Report on sanitation, dispensaries, and jails in Rajputana for 1912, and on vaccination for the year 1912-1913 - 1912-1913
Year: 1912
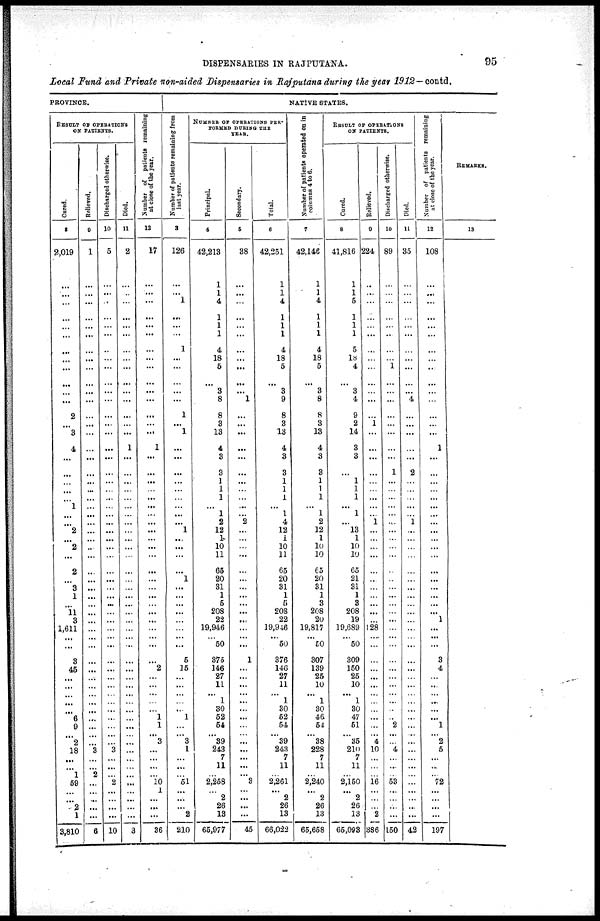
DISPENSARIES IN RAJPUTANA.
95
Local Fund and Private non-aided Dispensaries in Rajputana during the year 1912—contd.
PROVINCE.
RESULT OF OPERATIONS
ON PATIENTS.
Cured.
8
2,019
...
...
...
...
...
...
...
...
...
...
...
...
2
...
3
4
...
...
...
...
...
1
...
...
2
...
2
...
2
...
3
1
...
11
3
1,611
...
...
3
45
...
...
...
...
...
6
9
...
2
18
...
...
1
59
...
...
2
1
3,810
Relieved.
9
1
...
...
...
...
...
...
...
...
...
...
...
...
...
...
...
...
...
...
...
...
...
...
...
...
...
...
...
...
...
...
...
...
...
...
...
...
...
...
...
...
...
...
...
...
...
...
...
... ...
3
...
...
2
...
...
...
...
...
6
Discharged otherwise.
10
5
...
...
...
...
...
...
..
...
...
...
...
...
...
...
...
...
...
...
...
...
...
...
...
...
...
...
...
...
...
...
...
...
...
...
...
...
...
...
...
...
...
...
...
...
...
...
...
... ...
3
...
...
...
2
...
...
...
...
10
Died.
11
2
...
...
...
...
...
...
...
...
...
...
...
...
...
...
...
1
...
...
...
...
...
...
...
...
...
...
...
...
...
...
...
...
...
...
...
...
...
...
...
...
...
...
...
...
...
...
...
... ...
...
...
...
...
...
...
...
...
...
3
Number of patients remaining
at close of the year.
12
17
...
...
...
...
...
...
...
...
...
...
...
...
...
...
...
1
...
...
...
... ...
...
...
...
...
...
...
...
...
...
...
...
...
...
...
...
...
...
...
2
...
...
...
...
...
1
1
... 3
...
...
...
...
10
1
...
...
...
36
NATIVE STATES.
Number of patients remaining from
last year.
3
126
...
... 1
...
...
...
1
...
...
...
...
...
1
...
1
...
...
...
...
...
...
...
...
...
1
...
...
...
...
1
...
...
...
...
...
...
...
...
5
15
...
...
...
...
...
1
...
... 3
1
...
...
...
51
...
...
...
2
210
NUMBER OF OPERATIONS PER¬
FORMED DURING THE
YEAR.
Principal.
4
42,213
1
1
4
1
1
1
4
18
5
...
3
8
8
3
13
4
3
3
1
1
1
...
1
2
12
1
10
11
65
20
31
1
5
208
22
19,946
...
50
375
146
27
11
... 1
30
52
54
...
39
243
7
11
...
2,258
... 2
26
13
65,977
Secondary.
5
38
...
...
...
...
...
...
...
...
...
...
... 1
...
...
...
...
...
...
...
...
...
...
...
2
...
...
...
...
...
...
...
...
...
...
...
...
...
...
1
...
...
...
...
...
...
...
...
... ...
...
...
...
...
3
...
...
...
...
45
Total.
6
42,251
1
1
4
1
1
1
4
18
5
...
3
9
8
3
13
4
3
3
1
1
1
...
1
4
12
1
10
11
65
20
31
1
5
208
22
19,946
... 50
376
146
27
11
... 1
30
52
54
...
39
243
7
11
...
2,261
... 2
26
13
66,022
Number of patients operated on in
columns 4 to 6.
7
42,146
1
1
4
1
1
1
4
18
5
...
3
8
8
3
13
4
3
3
1
1
1
...
1
2
12
1
10
10
65
20
31
1
3
208
20
19,817
... 50
307
139
25
10
... 1
30
46
54
...
38
228
7
11
...
2,240
... 2
26
13
65,658
RESULT OF OPERATIONS
ON PATIENTS.
Cured.
8
41,816
1
1
5
1
1
1
5
18
4
...
3
4
9
2
14
3
3
...
1
1
1
...
1
...
13
1
10
10
65
21
31
1
3
208
19
19,689
... 50
309
150
25
10
... 1
30
47
51
...
35
210
7
11
...
2,150
... 2
26
13
65,093
Relieved.
9
224
..
...
...
...
...
...
...
...
...
...
...
...
...
1
...
...
...
...
...
... ...
...
...
1
...
...
...
...
...
...
...
...
...
...
...
128
...
...
...
...
...
...
...
...
...
...
...
... 4
10
...
...
...
...
...
...
...
2
386
Discharged otherwise.
10
89
...
...
...
...
...
..
...
...
1
...
...
...
...
...
...
...
...
1
...
...
...
...
...
...
...
...
...
...
...
...
...
...
...
...
...
...
...
...
...
...
...
...
...
...
...
...
2
... ...
4
...
...
...
53
...
...
...
...
150
Died.
11
35
...
...
...
...
...
...
...
...
...
...
... 4
...
...
...
...
...
2
...
...
...
...
...
1
...
...
...
...
...
...
...
...
...
...
...
...
...
...
...
...
...
...
...
...
...
...
...
... ...
...
...
...
...
...
...
...
...
...
42
Number of patients remaining
at close of the year.
12
108
...
...
...
...
...
...
...
...
..
...
...
...
...
...
...
1
...
...
...
... ...
...
...
...
...
...
...
...
...
...
...
...
...
...
1
...
...
...
3
4
...
...
...
...
...
...
1
... 2
5
...
...
...
72
...
...
...
...
197
REMARKS.
13